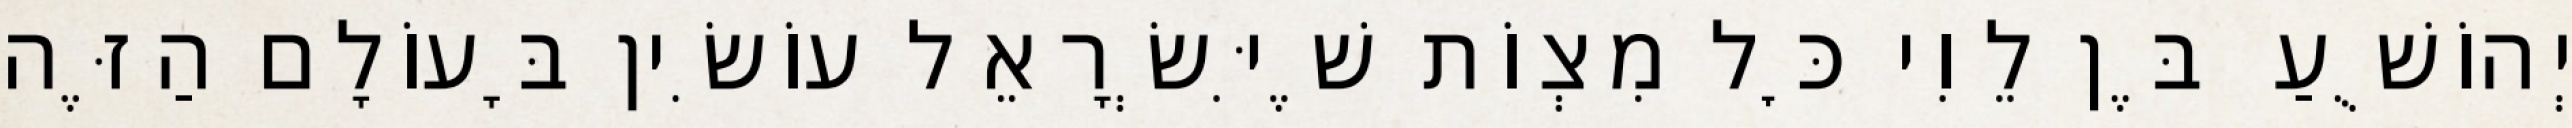
יְהוֹשֻׁעַ בֶּן לֵוִי כׇּל מִצְוֹת שֶׁיִּשְׂרָאֵל עוֹשִׂין בָּעוֹלָם הַזֶּה